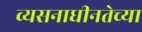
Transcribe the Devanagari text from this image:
व्यसनाधीनतेच्या